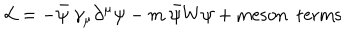
LaTeX: { \cal { L } } = - \bar { \psi } ~ \gamma _ { \mu } \partial ^ { \mu } \psi - m ~ \bar { \psi } W \psi + \mathrm { m e s o n ~ ~ t e r m s }